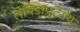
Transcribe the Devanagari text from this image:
लेपिडॉप्टेरीय